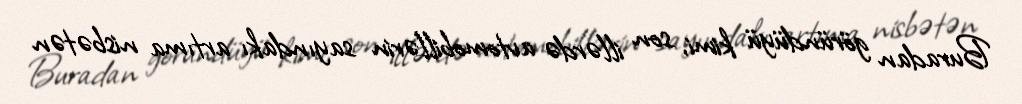
Buradan göründüyü kimi, son illərdə avtomobillərin sayındakı artıma nisbətən